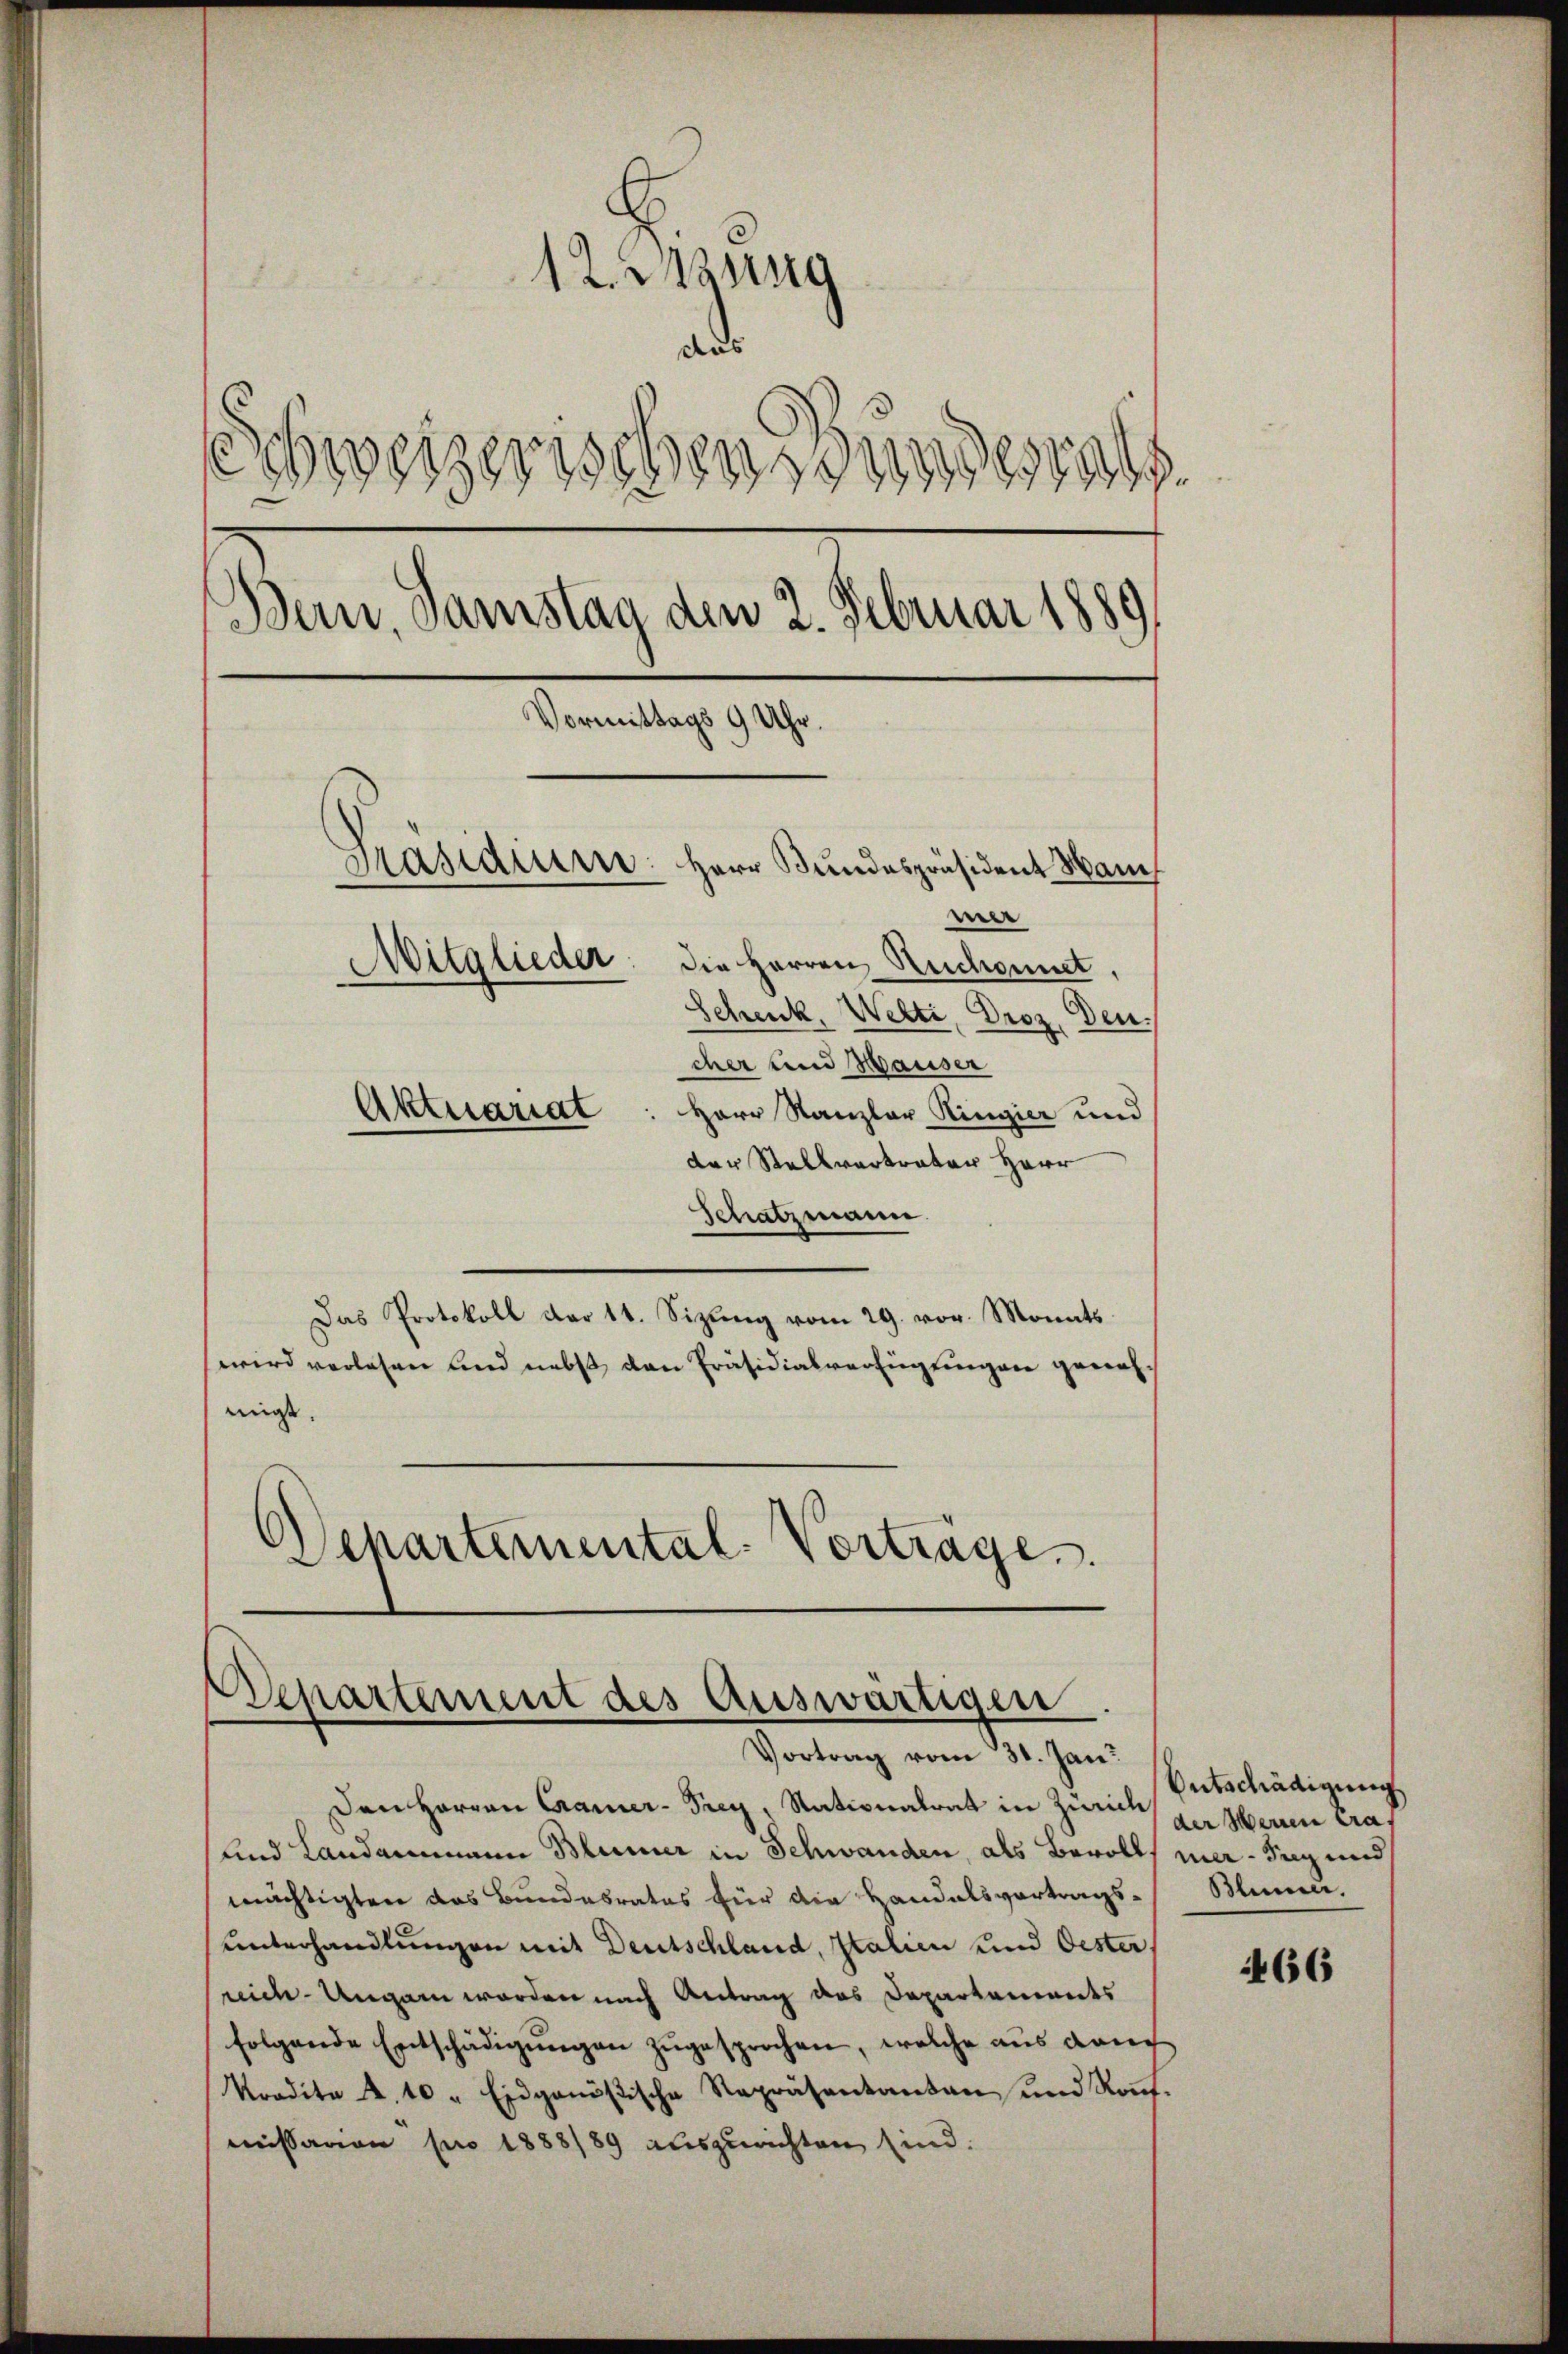
12. Szung
a
Schweizerischen Bundesrath
Bern, Samstag den 2. Februar 1889
Vormittags 9 Uhr
Präsidium: Herr Bundespräsident Man
e
Mitglieder: die Herren Rechant,
Schenk, Welti, Droz. Den
cher und Hauser
Aktuariat: Herr Kanzler Ringier und

der Stellvertrater Herr
Schatzmann.
Das Protokoll der 11. Sizŭng vom 29. vor. Monats
wird verlesen und nebst den Präsidialverfügungen genohmigt.
Departemental- Vorträge.

Departement des Auswärtigen
Vortrag vom 31. Jan.

Den Herren Camer-Preg, Nationalrat in Zürich
und Landammann Blumer in Schwanden, als Bevolls mer-Sieg und
mächtigten das Bundesrates für die Handelsvortrags-
unterhandlungen mit Deutschland, Italien und Oester
reich Ungarn worden nach Antrag des Departements
folgende Entschädigungen zugesprochen, welche aus dan
Kondite A. 10 " Eidgenößische Repräsentanten und Ronf.
missarion pro 1888/89 auszurichten sind.

Entschädigung
der Weinen Cra¬
Blumer.

466